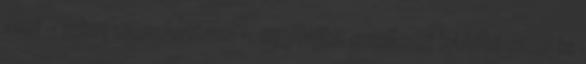
ami – mint mondottam – egyfajta szellemi kábító­szer is